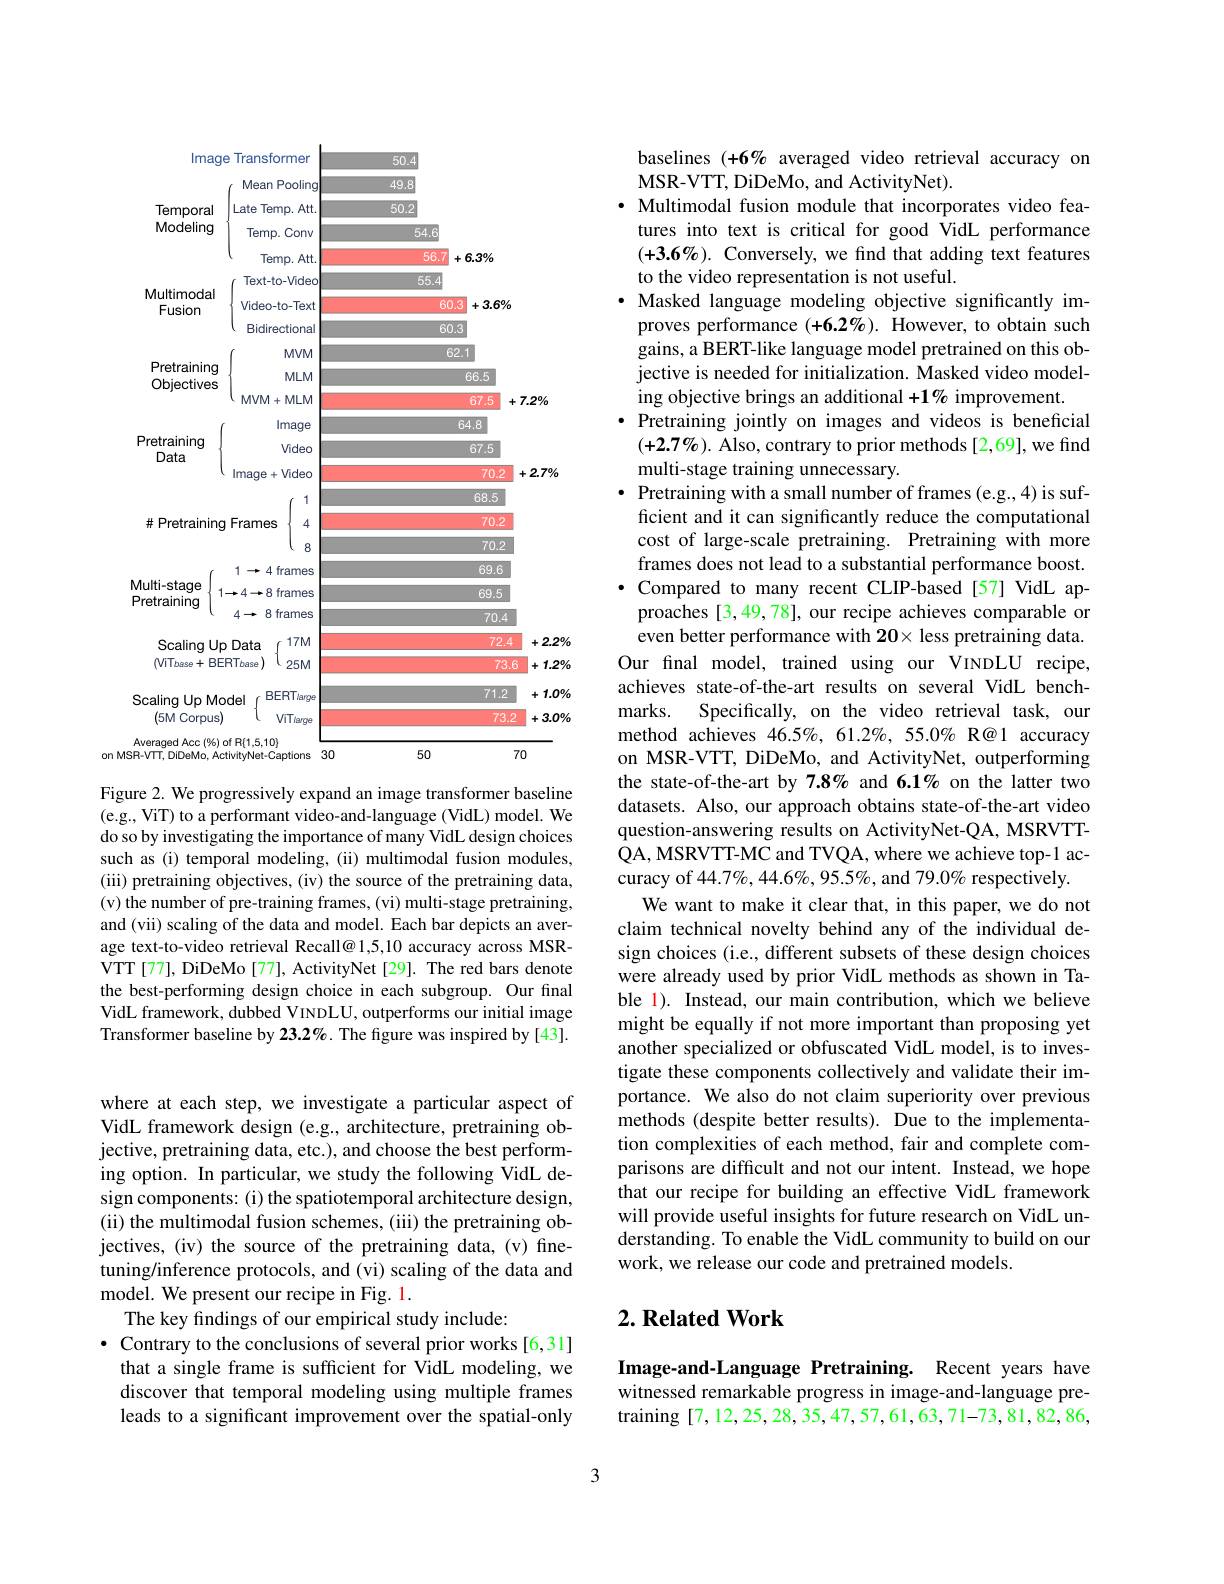
<table>
	<tbody>
		<tr>
			<th colspan="2">lmage e Transformer</th>
			<th>50.4</th>
			<th> </th>
			<th> </th>
		</tr>
		<tr>
			<td>$|mag\epsilon$ Temporal Modeling Multimodal Fusion</td>
			<td>lranstormer Mean Pooling Late Temp. Att. Temp. Conv Temp. Att Text-to-Video Video-to-Text</td>
			<td>50.4 49.8 50.2 54.6 56.7 55.4 60.</td>
			<td>$6.3\%$ $+3.6\%$</td>
			<td> </td>
		</tr>
		<tr>
			<th rowspan="1">lmag Temporal Modeling</th>
			<th>Mean Pooling</th>
			<th>49.8</th>
			<th> </th>
			<th> </th>
		</tr>
		<tr>
			<th rowspan="3">Temporal Modeling</th>
			<th>Late Temp. Att.</th>
			<th>50.2</th>
			<th> </th>
			<th> </th>
		</tr>
		<tr>
			<th>Temp. Conv</th>
			<th>54.6</th>
			<th> </th>
			<th> </th>
		</tr>
		<tr>
			<th>Temp. Att</th>
			<th>56.7</th>
			<th>$6.3\%$</th>
			<th> </th>
		</tr>
		<tr>
			<th rowspan="3">Multimodal Fusion</th>
			<th>Text-to-Video</th>
			<th>55.4</th>
			<th> </th>
			<th> </th>
		</tr>
		<tr>
			<td>Video-to-Text</td>
			<td>60</td>
			<td>$3.6\%$ +</td>
			<td> </td>
		</tr>
		<tr>
			<td>Bidirectional</td>
			<td>60.</td>
			<td> </td>
			<td> </td>
		</tr>
		<tr>
			<td>Pretraining Objectives</td>
			<td>$MVM$ $MLM$ MVM+MLM lmage</td>
			<td>62</td>
			<td>1 66.5 67.5 :4.8</td>
			<td>$7.2\%$</td>
		</tr>
		<tr>
			<td> </td>
			<td>$MVM$</td>
			<td>62</td>
			<td>1</td>
			<td> </td>
		</tr>
		<tr>
			<td rowspan="3">Pretraining Objectives</td>
			<td>$MLM$</td>
			<td> </td>
			<td>66.5</td>
			<td> </td>
		</tr>
		<tr>
			<td>$MVM+MLM$</td>
			<td> </td>
			<td>67.5 十</td>
			<td>$7.2\%$</td>
		</tr>
		<tr>
			<td>lmage</td>
			<td> </td>
			<td>:4.8</td>
			<td> </td>
		</tr>
		<tr>
			<td rowspan="3">Pretraining Data</td>
			<td>Video</td>
			<td> </td>
			<td>67.5</td>
			<td> </td>
		</tr>
		<tr>
			<td>$lmage+Video$</td>
			<td> </td>
			<td>70.2</td>
			<td>$2.7\%$ 十</td>
		</tr>
		<tr>
			<td> </td>
			<td> </td>
			<td>68.5</td>
			<td> </td>
		</tr>
		<tr>
			<td rowspan="3">Pretraining $\#F$</td>
			<td>Frames</td>
			<td> </td>
			<td>70.2</td>
			<td> </td>
		</tr>
		<tr>
			<td>R</td>
			<td> </td>
			<td>70.2</td>
			<td> </td>
		</tr>
		<tr>
			<td> </td>
			<td> </td>
			<td>UL GQG </td>
			<td> </td>
		</tr>
		<tr>
			<td>Multi-stage</td>
			<td>$1\rightarrow8$fran mec</td>
			<td> </td>
			<td>- 695</td>
			<td> </td>
		</tr>
		<tr>
			<td rowspan="1">Mum-stage 1 Pretraining</td>
			<td>8 frames $4\to$</td>
			<td> </td>
			<td>1 T 7nA 1 11 112</td>
			<td> </td>
		</tr>
		<tr>
			<td> </td>
			<td> </td>
			<td> </td>
			<td>U. 77 -</td>
			<td> </td>
		</tr>
		<tr>
			<td>Scaling $Up$</td>
			<td>Data W</td>
			<td> </td>
			<td>12.4</td>
			<td>+2.</td>
		</tr>
		<tr>
			<td>$ViT_{base}+$ BEF</td>
			<td>RTbase $25M$</td>
			<td> </td>
			<td>$73.e$</td>
			<td>1.2 十</td>
		</tr>
		<tr>
			<td>Scaling $Up$ $Mo$ 1 10 1 $(5MCorpus)$</td>
			<td>BERTlarge del ViTíarge</td>
			<td> </td>
			<td>71.2 73.2</td>
			<td>1.0 十 +3.0</td>
		</tr>
		<tr>
			<td>$(5M$ Corpus)</td>
			<td>ViTíarge</td>
			<td> </td>
			<td>73.2</td>
			<td>+3.0</td>
		</tr>
		<tr>
			<td>Averaged Acc 194</td>
			<td>$\mathsf{R}\{1,5,10\}$</td>
			<td> </td>
			<td> </td>
			<td> </td>
		</tr>
	</tbody>
</table>
on

Figure 2. We progressively expand an image transformer baseline (e.g., ViT) to a performant video-and-language (VidL) model. We do so by investigating the importance of many VidL design choices such as (i) temporal modeling, (ii) multimodal fusion modules, (iii) pretraining objectives, (iv) the source of the pretraining data, (v) the number of pre-training frames, (vi) multi-stage pretraining, and (vii) scaling of the data and model. Each bar depicts an average text-to-video retrieval Recall@ 1,5,10 accuracy across MSRVTT [77], DiDeMo [77], ActivityNet [29]. The red bars denote the best-performing design choice in each subgroup. Our final VidL framework, dubbed VINDLU, outperforms our initial image Transformer baseline by $23.2\%$ The figure was inspired by [43].

where at each step, we investigate a particular aspect of VidL framework design (e.g., architecture, pretraining objective, pretraining data, etc.), and choose the best performing option. In particular, we study the following $\hat{\text{VidL de-}}$ sign components: (i) the spatiotemporal architecture design, (ii) the multimodal fusion schemes, (iii) the pretraining objectives, (iv) the source of the pretraining data, (v) finetuning/inference protocols, and (vi) scaling of the data and model. We present our recipe in Fig. 1.
The key findings of our empirical study include:
· Contrary to the conclusions of several prior works [6,31]
that a single frame is sufficient for VidL modeling, we discover that temporal modeling using multiple frames leads to a significant improvement over the spatial-only

baselines (+6% averaged video retrieval accuracy on
MSR- VTT, DiDeMo, and ActivityNet) .
· Multimodal fusion module that incorporates video fea-
tures into text is critical for good VidL performance $(+3.6\%).$ Conversely, we find that adding text features to the video representation is not useful.
· Masked language modeling objective significantly improves performance $(+6.2\%).$ However, to obtain such gains, a BERT-like language model pretrained on this objective is needed for initialization. Masked video modeling objective brings an additional $+1\%$ improvement.
·Pretraining jointly on images and videos is beneficial $(+2.7\%).$ Also, contrary to prior methods[2,69], we find multi-stage training unnecessary.
$\bullet$ Pretraining with a small number of frames (e.g.,4) is suf-
ficient and it can significantly reduce the computational cost of large-scale pretraining. Pretraining with more frames does not lead to a substantial performance boost.
$\bullet$ Compared to many recent CLIP-based[57] VidL ap-
proaches [3,49,78], our recipe achieves comparable or even better performance with $20\times$ less pretraining data.
Our final model, trained using our VINDLU recipe, achieves state-of-the-art results on several VidL benchmarks. Specifically, on the video retrieval task, our method achieves 46.5%, 61.2%, 55.0% R@1 accuracy on MSR-VTT, DiDeMo, and ActivityNet, outperforming the state-of-the-art by 7.8% and 6.1% on the latter two datasets. Also, our approach obtains state-of-the-art video question-answering results on ActivityNet-QA, MSRVTTQA, MSRVTT-MC and TVQA, where we achieve top-1 accuracy of 44.7%, 44.6%, 95.5%, and 79.0% respectively.
We want to make it clear that, in this paper, we do not claim technical novelty behind any of the individual design choices (i.e., different subsets of these design choices were already used by prior VidL methods as shown in Table 1). Instead, our main contribution, which we believe might be equally if not more important than proposing yet another specialized or obfuscated VidL model, is to investigate these components collectively and validate their importance. We also do not claim superiority over previous methods (despite better results). Due to the implementation complexities of each method, fair and complete comparisons are difficult and not our intent. Instead, we hope that our recipe for building an effective VidL framework will provide useful insights for future research on VidL understanding. To enable the VidL community to build on our work, we release our code and pretrained models.

## $2. \textbf{Related Work}$

Image-and-Language Pretraining. Recent years have witnessed remarkable progress in image-and-language pretraining [7,12,25,28,35,47,57,61,63,71-73,81,82,86,

3